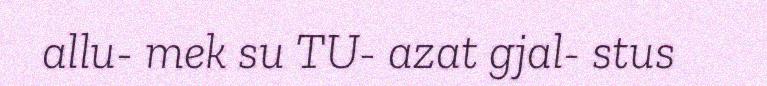
allu- mek su TU- azat gjal- stus